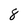
Character: 8